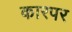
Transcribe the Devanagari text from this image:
कारपर